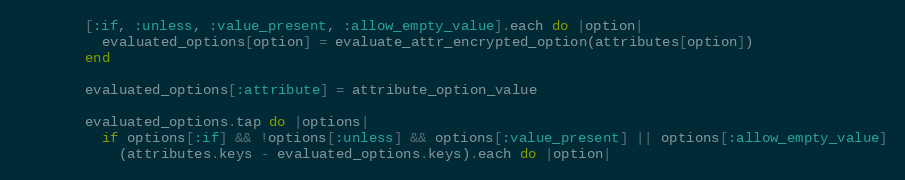
Language: Ruby
        [:if, :unless, :value_present, :allow_empty_value].each do |option|
          evaluated_options[option] = evaluate_attr_encrypted_option(attributes[option])
        end

        evaluated_options[:attribute] = attribute_option_value

        evaluated_options.tap do |options|
          if options[:if] && !options[:unless] && options[:value_present] || options[:allow_empty_value]
            (attributes.keys - evaluated_options.keys).each do |option|